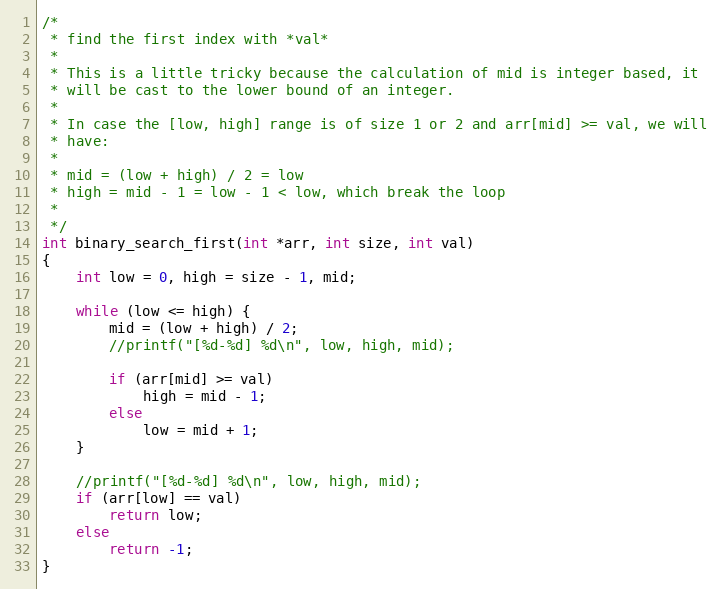
Language: C
/*
 * find the first index with *val*
 *
 * This is a little tricky because the calculation of mid is integer based, it
 * will be cast to the lower bound of an integer.
 *
 * In case the [low, high] range is of size 1 or 2 and arr[mid] >= val, we will
 * have:
 *
 * mid = (low + high) / 2 = low
 * high = mid - 1 = low - 1 < low, which break the loop
 *
 */
int binary_search_first(int *arr, int size, int val)
{
	int low = 0, high = size - 1, mid;

	while (low <= high) {
		mid = (low + high) / 2;
		//printf("[%d-%d] %d\n", low, high, mid);

		if (arr[mid] >= val)
			high = mid - 1;
		else
			low = mid + 1;
	}

	//printf("[%d-%d] %d\n", low, high, mid);
	if (arr[low] == val)
		return low;
	else
		return -1;
}